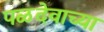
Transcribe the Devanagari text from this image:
पळदेवाच्या